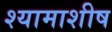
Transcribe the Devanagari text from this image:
श्यामाशीष